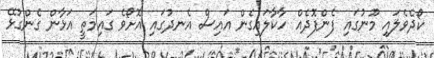
ކޯދެވެލައި މޫނުގައި ފެންފޮދެއް ހާކާލައިގެން އައިސް އެނދުގައި އޮށޯވެ ގައިމަތީ އަޅާން ގެންގުޅޭ